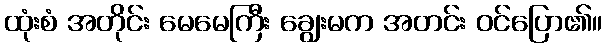
ထုံးစံ အတိုင်း မေမေကြီး ချွေးမက အတင်း ဝင်ပြော၏။